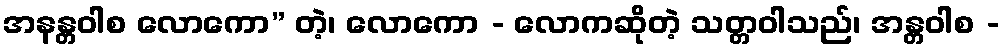
အနန္တဝါစ လောကော” တဲ့၊ လောကော - လောကဆိုတဲ့ သတ္တဝါသည်၊ အန္တဝါစ -